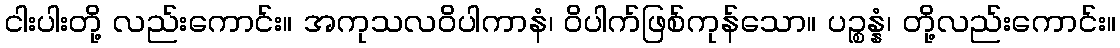
ငါးပါးတို့ လည်းကောင်း။ အကုသလဝိပါကာနံ၊ ဝိပါက်ဖြစ်ကုန်သော။ ပဉ္စန္နံ၊ တို့လည်းကောင်း။